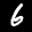
Label: 6